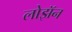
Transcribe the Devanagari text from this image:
लोझॅन